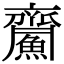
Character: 𪗏